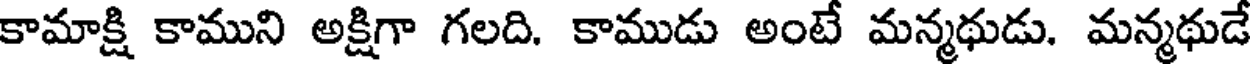
కామాక్షి కాముని అక్షిగా గలది. కాముడు అంటే మన్మథుడు. మన్మథుడే